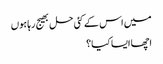
میں اس کے کئی حل بھیج رہا ہوں
اچھا ایسا کیا؟